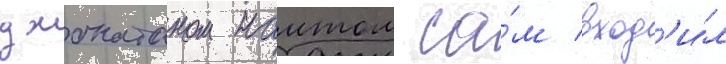
джонатаном наитом са́м вход'и́л